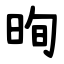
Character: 㫬